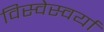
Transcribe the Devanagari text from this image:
विस्वेस्वर्या